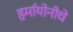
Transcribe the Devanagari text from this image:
हर्मायोनीचे